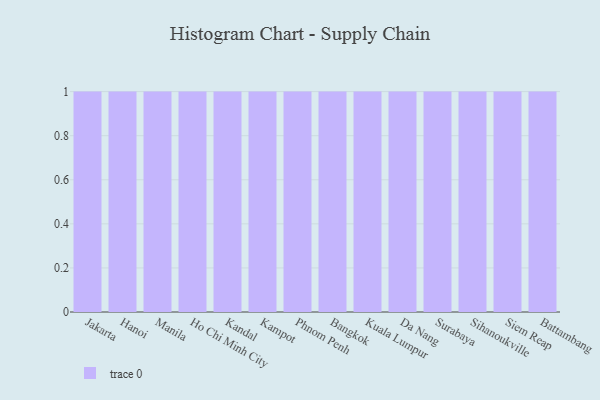
{"axis": {"x": "City", "y": "Satisfaction Score"}, "legend": [""], "data": [{"x": "Jakarta", "y": 13, "type": ""}, {"x": "Hanoi", "y": 77, "type": ""}, {"x": "Manila", "y": 43, "type": ""}, {"x": "Ho Chi Minh City", "y": 14, "type": ""}, {"x": "Kandal", "y": 5, "type": ""}, {"x": "Kampot", "y": 66, "type": ""}, {"x": "Phnom Penh", "y": 65, "type": ""}, {"x": "Bangkok", "y": 85, "type": ""}, {"x": "Kuala Lumpur", "y": 85, "type": ""}, {"x": "Da Nang", "y": 55, "type": ""}, {"x": "Surabaya", "y": 12, "type": ""}, {"x": "Sihanoukville", "y": 96, "type": ""}, {"x": "Siem Reap", "y": 51, "type": ""}, {"x": "Battambang", "y": 90, "type": ""}]}